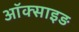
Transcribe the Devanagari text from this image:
ऑक्साइड़